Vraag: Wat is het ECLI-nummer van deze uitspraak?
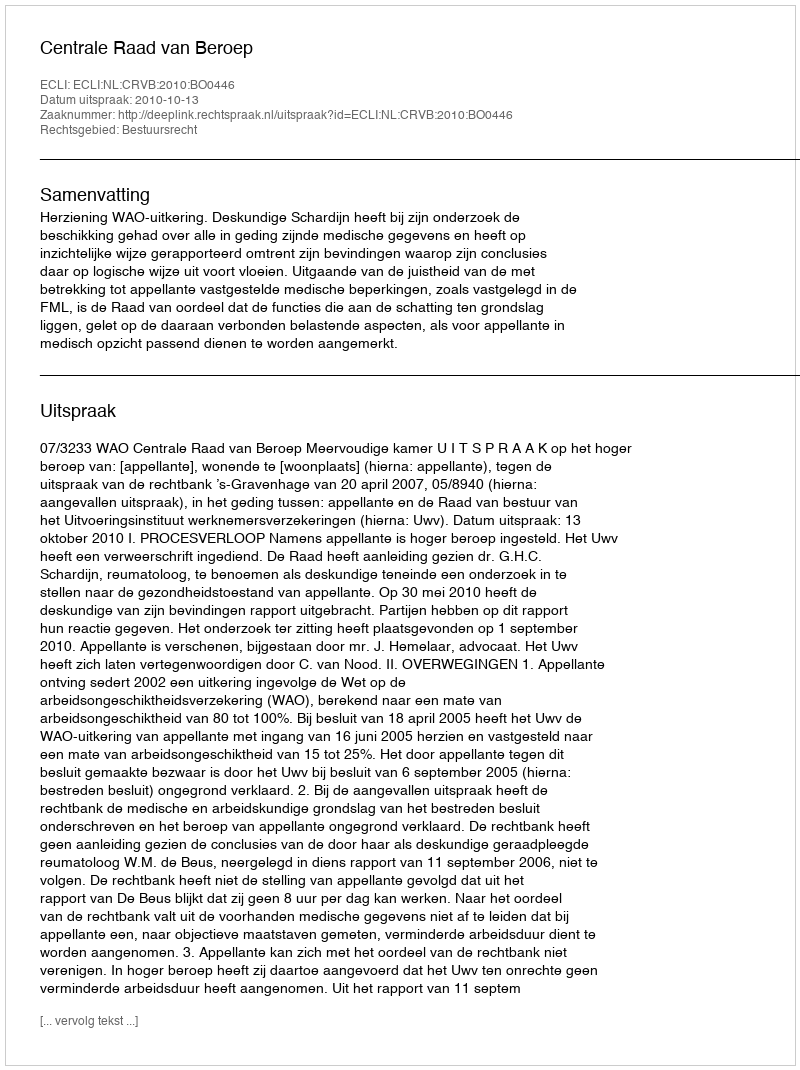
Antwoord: ECLI:NL:CRVB:2010:BO0446